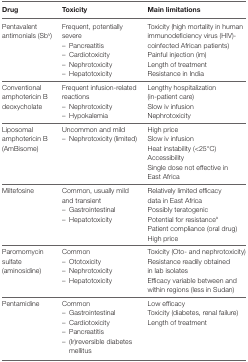
<table><thead><tr><td><b>Drug</b></td><td><b>Toxicity</b></td><td><b>Main limitations</b></td></tr></thead><tbody><tr><td>Pentavalent antimonials (Sb<sup>V</sup>)</td><td>Frequent, potentially severe– Pancreatitis– Cardiotoxicity– Nephrotoxicity– Hepatotoxicity</td><td>Toxicity (high mortality in human immunodeficiency virus (HIV)-coinfected African patients)Painful injection (im)Length of treatmentResistance in India</td></tr><tr><td>Conventional amphotericin B deoxycholate</td><td>Frequent infusion-related reactions– Nephrotoxicity– Hypokalemia</td><td>Lengthy hospitalization (in-patient care)Slow iv infusionNephrotoxicity</td></tr><tr><td>Liposomal amphotericin B (AmBisome)</td><td>Uncommon and mild– Nephrotoxicity (limited)</td><td>High priceSlow iv infusionHeat instability (&lt;25°C)AccessibilitySingle dose not effective in East Africa</td></tr><tr><td>Miltefosine</td><td>Common, usually mild and transient– Gastrointestinal– Hepatotoxicity</td><td>Relatively limited efficacy data in East AfricaPossibly teratogenicPotential for resistance<sup>a</sup>Patient compliance (oral drug)High price</td></tr><tr><td>Paromomycin sulfate (aminosidine)</td><td>Common– Ototoxicity– Nephrotoxicity– Hepatotoxicity</td><td>Toxicity (Oto- and nephrotoxicity)Resistance readily obtained in lab isolatesEfficacy variable between and within regions (less in Sudan)</td></tr><tr><td>Pentamidine</td><td>Common– Gastrointestinal– Cardiotoxicity– Pancreatitis– (Ir)reversible diabetes mellitus</td><td>Low efficacyToxicity (diabetes, renal failure)Length of treatment</td></tr></tbody></table>